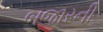
બજારની